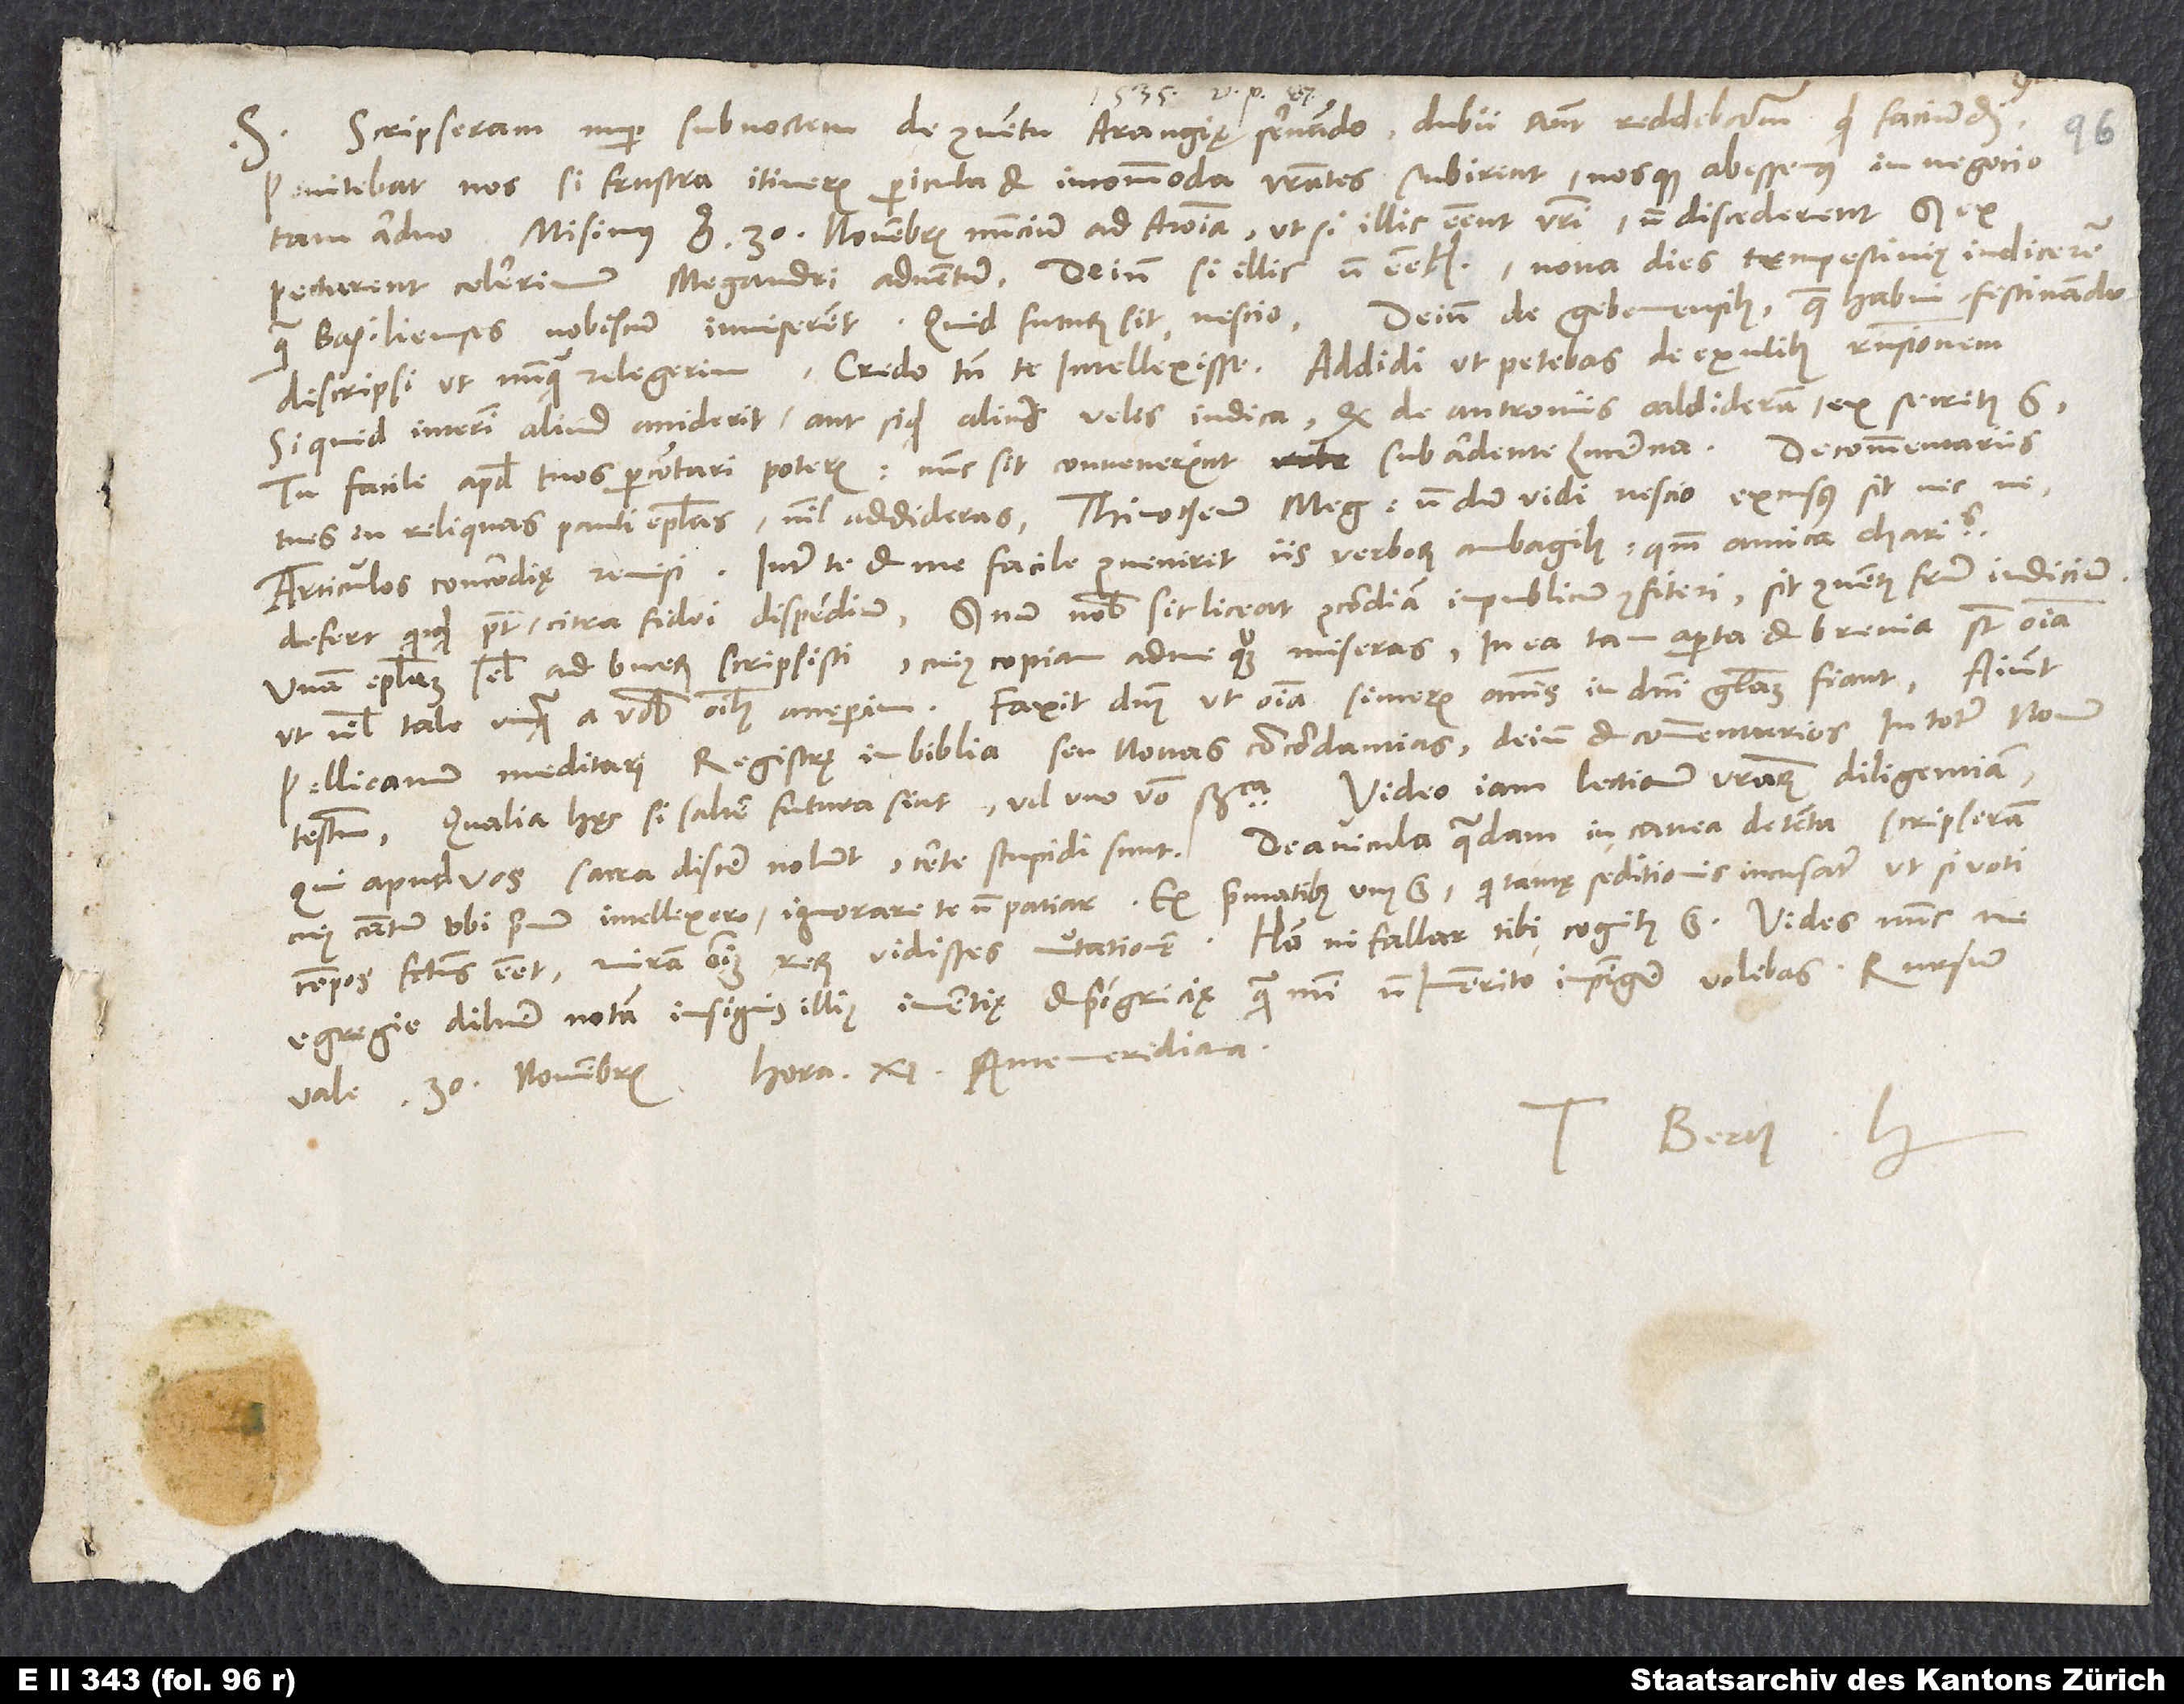
Scripseram nuper sub noctem de conventu Araugię servando. Dubii autem reddebamur, quid faciendum.
Penitebat nos, si frustra itineris pericula et incommoda vestrates subirent nosque abessemus in negocio
tam arduo. Misimus ergo 30. novembris nuncium ad Aroiam, ut si illic essent vestri, non discederent, sed
expectarent celerrimum Megandri adventum, deinde si illic non essetis, nova dies tempestivius indiceretur,
Deinde de Gebennensibus quae habui, festinando
quam Basilienses nobiscum inviserent. Quid futurum sit, nescio.
Tu facile apud tuos percontari poteris. Nunc sit, convenerint sub ardente lucerna.
tuis in reliquas Pauli epistolas nihil addideras. Thimotheum Megandri nondum vidi; nescio, excusus sit necne.
Articulos concordie remisi. Inter te et me facile conveniret iis verborum ambagibus, quoniam amica charitas
defert, quicquid potest, citra fidei dispendium, sed num nobis sic liceat concordiam in publicum confiteri, sit conventus fratrum iudicium.
Unam epistolam semel ad Bucerum scripsisti, cuius copiam ad me quoque miseras; in ea tam aperta et brevia sunt omnia,
Faxit dominus, ut omnia sinceris animis in domini gloriam fiant.
ut nihil tale unquam a vobis omnibus acceperim.
Pellicanum meditari registra in biblia seu novas concordantias, deinde et commentarios in totum novum
Qualia hęc, si saltem, futura sint, vel uno verbo significa. Video iam lectionum vestrarum diligentiam.
cuius cantum, ubi primum inteliexero, ignorare te non patiar. Ex primatibus unus est, qui tantae seditionis incusatur, ut si voti
compos factus esset, miram omnium rerum vidisses mutationem. Homo, ni fallor, tibi cognitus est.
egregie diluere notam insignis illius inertię et pigricię, quam mihi non immerito impingere volebas.
novembris, hora 11. antemeridiana.
Tuus Berch. H.